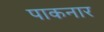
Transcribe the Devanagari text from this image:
पाकनार